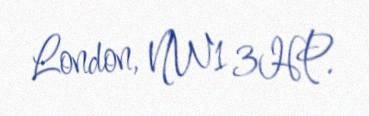
London, NW1 3HP.